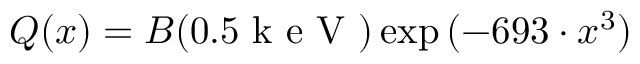
Q ( x ) = B ( 0 . 5 \mathrm { ~ k ~ e ~ V ~ } ) \exp { ( - 6 9 3 \cdot x ^ { 3 } ) }